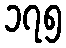
၁၇၅